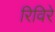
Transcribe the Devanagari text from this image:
रिविरे